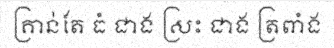
គ្រាន់តែ ធំ ជាង ស្រះ ជាង ត្រពាំង